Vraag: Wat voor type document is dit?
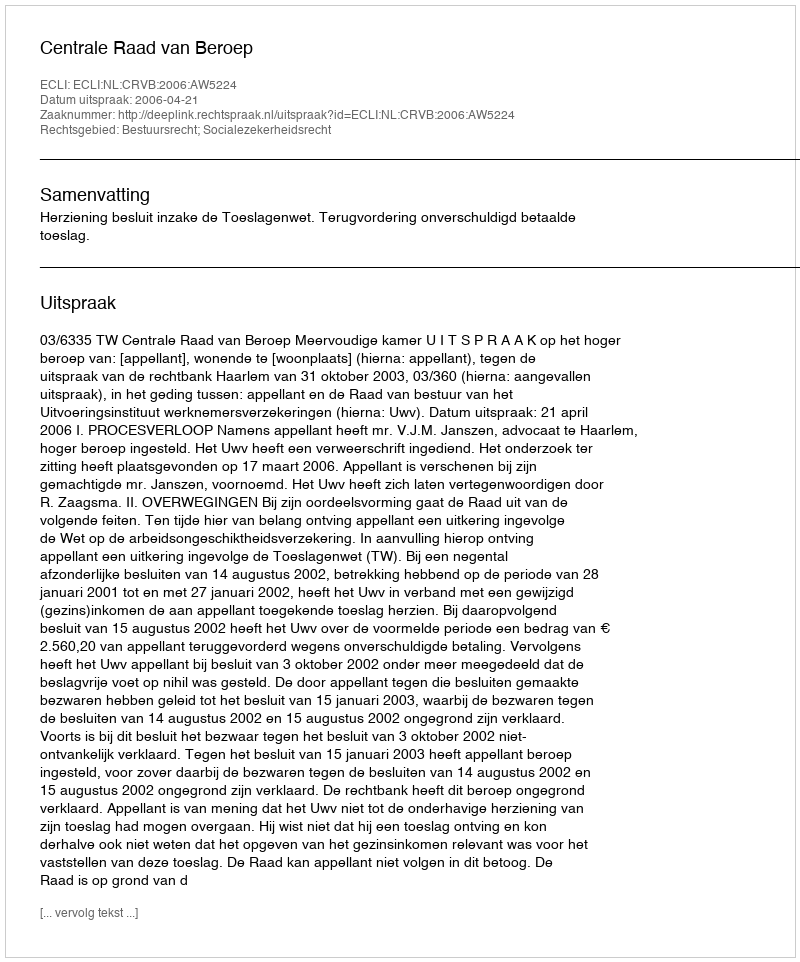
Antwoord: Uitspraak